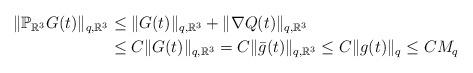
LaTeX: \begin{align*}\|\mathbb P_{\mathbb R^3}G(t)\|_{q,\mathbb R^3}&\leq \|G(t)\|_{q,\mathbb R^3}+\|\nabla Q(t)\|_{q,\mathbb R^3} \\&\leq C\|G(t)\|_{q,\mathbb R^3}=C\|\bar g(t)\|_{q,\mathbb R^3}\leq C\|g(t)\|_q\leq CM_q\end{align*}